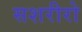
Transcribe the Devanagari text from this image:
सशरीरो